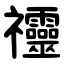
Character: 䄥